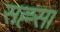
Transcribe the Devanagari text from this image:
सह्सा